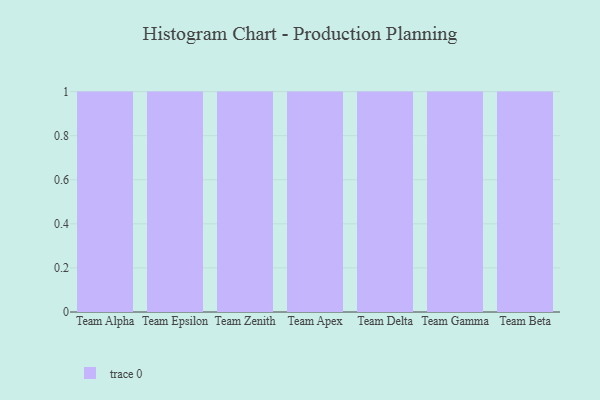
{"axis": {"x": "Team", "y": "Net Income (USD K)"}, "legend": [""], "data": [{"x": "Team Alpha", "y": 29, "type": ""}, {"x": "Team Epsilon", "y": 13, "type": ""}, {"x": "Team Zenith", "y": 44, "type": ""}, {"x": "Team Apex", "y": 10, "type": ""}, {"x": "Team Delta", "y": 46, "type": ""}, {"x": "Team Gamma", "y": 88, "type": ""}, {"x": "Team Beta", "y": 29, "type": ""}]}